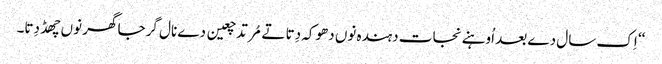
‘‘ اِک سال دے بعد اُوہنے نجات دہندہ نوں دھوکہ دِتا تے مُرتد چعین دے نال گرجا گھر نوں چھڈ دِتا۔